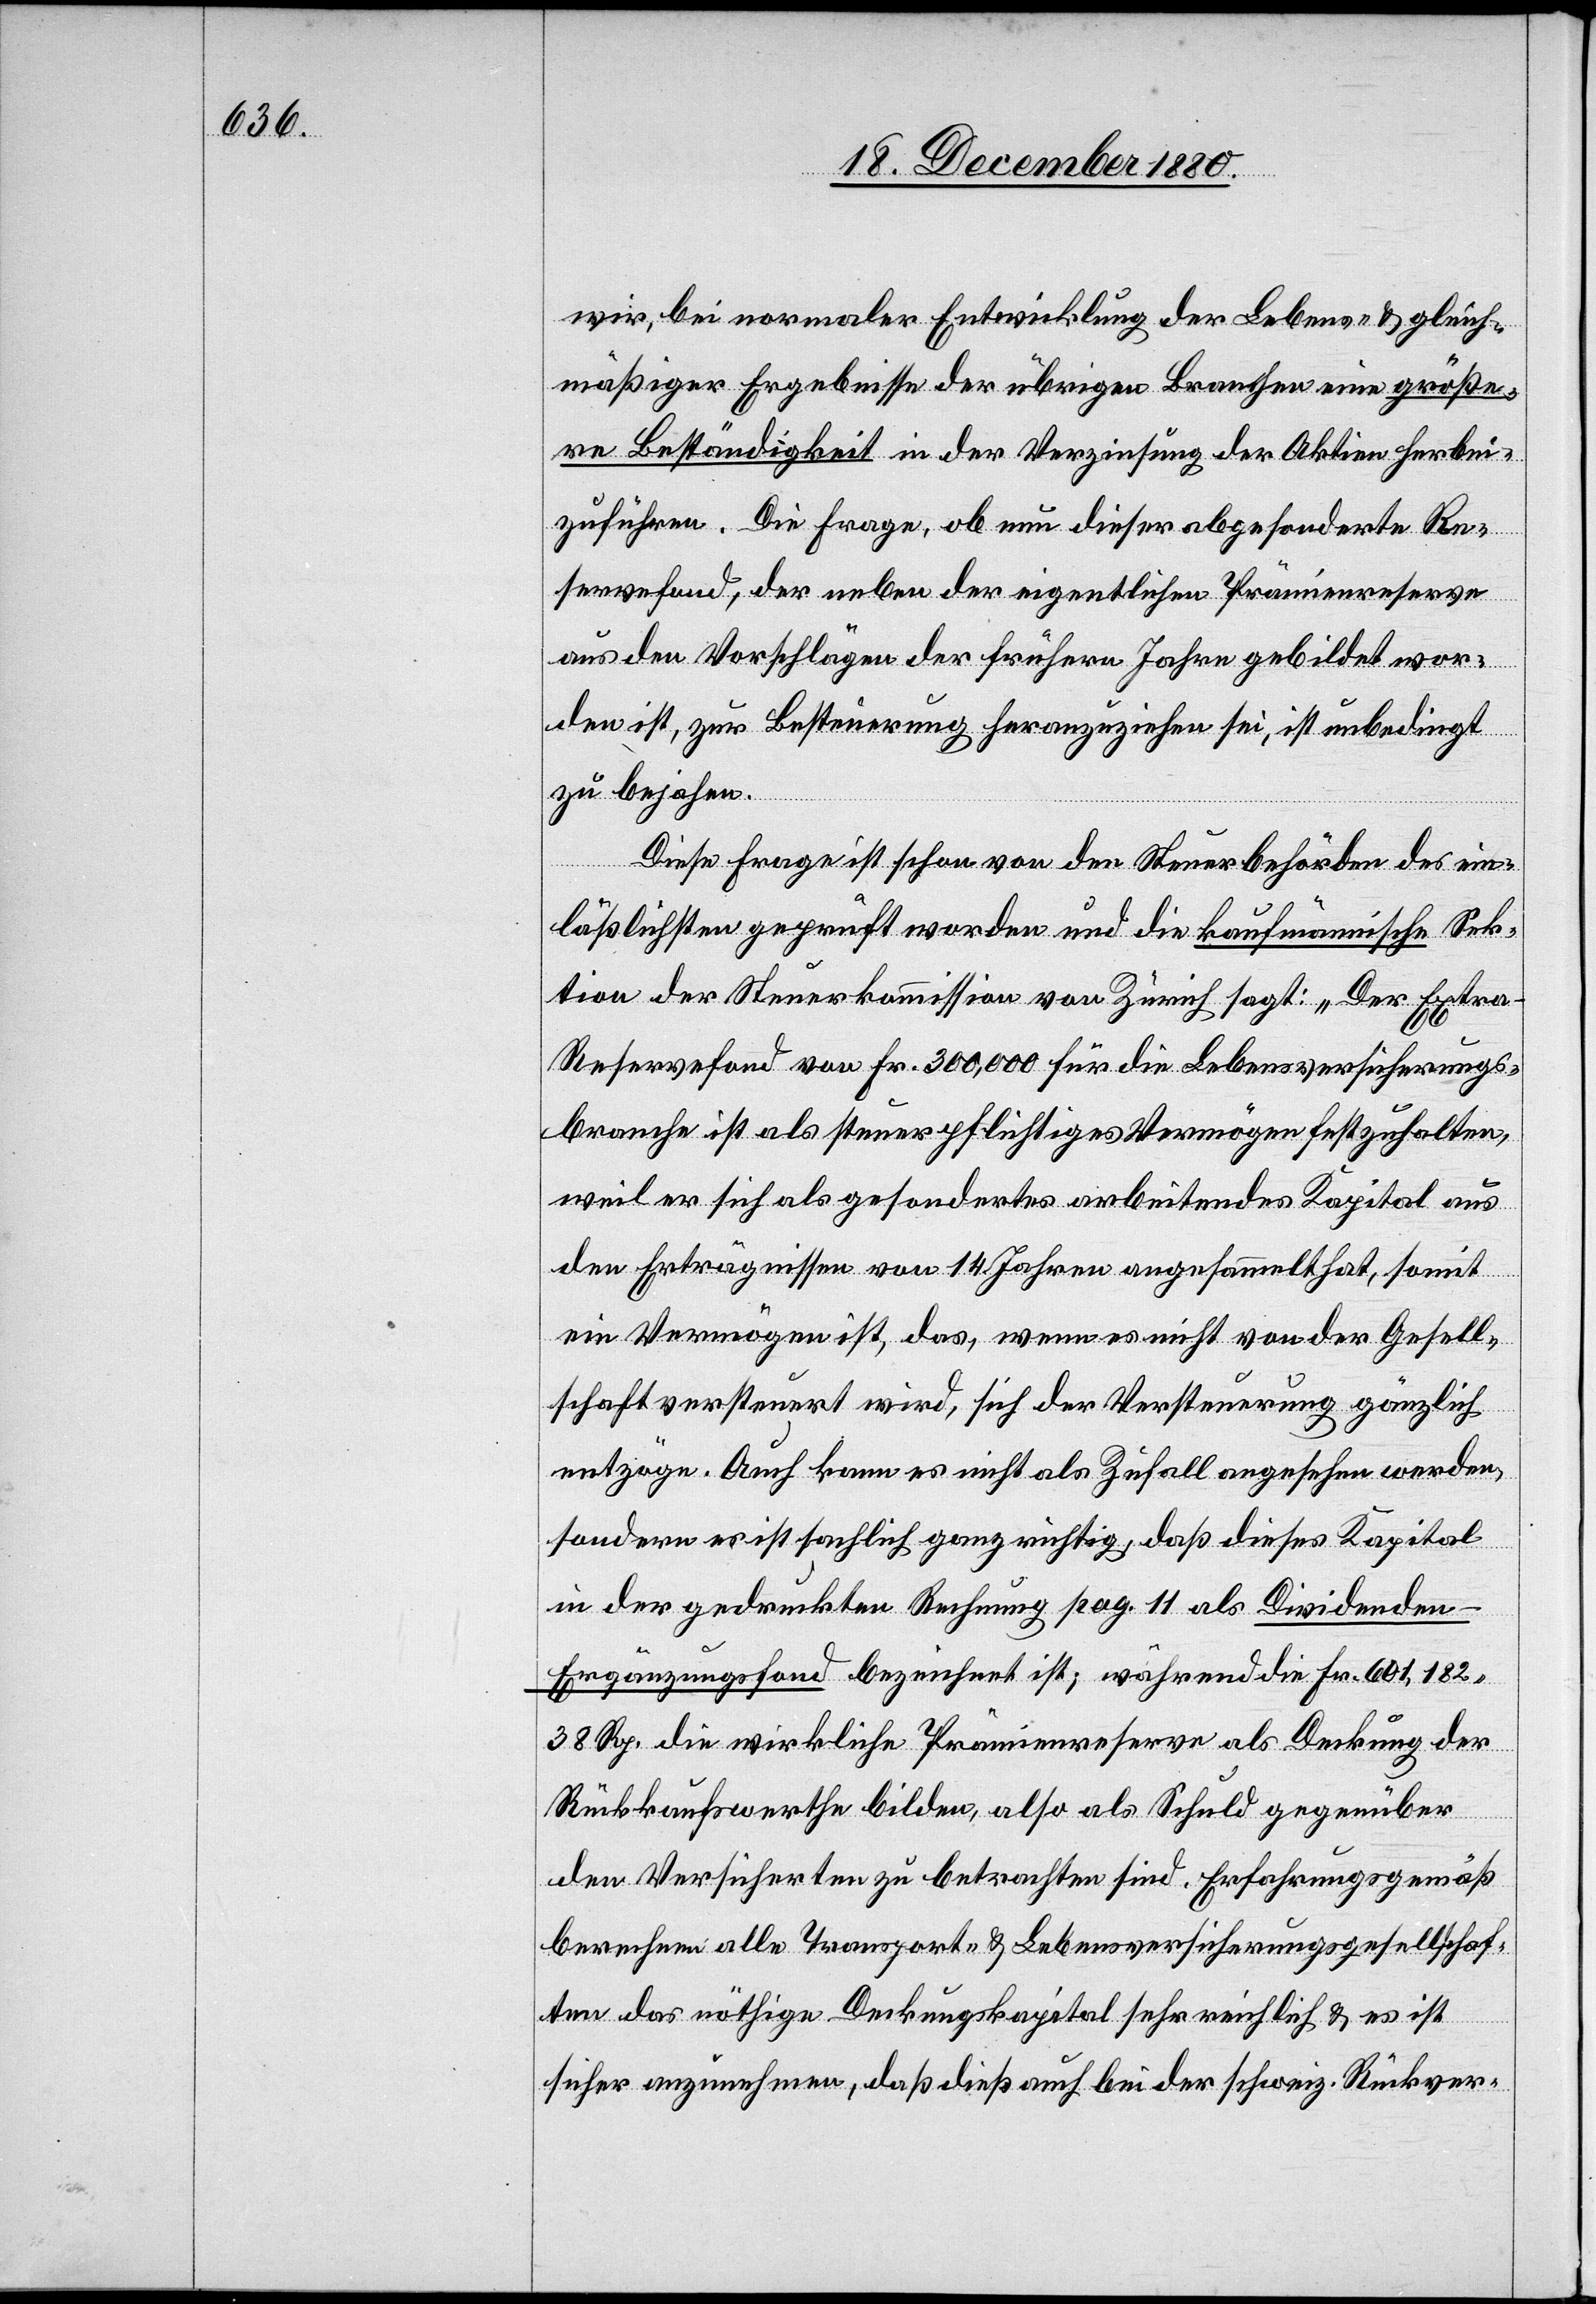
wir, bei normaler Entwicklung der Lebens- & gleich¬
mäßiger Ergebnisse der übrigen Branchen [sic!] eine größe¬
re Beständigkeit in der Verzinsung der Aktien herbei¬
zuführen. Die Frage, ob nun dieser abgesonderte Re¬
servefond, der neben der eigentlichen Prämienreserve
aus den Vorschlägen der frühern Jahre gebildet wor¬
den ist, zu Besteuerung heranzuziehen sei, ist unbedingt
zu bejahen.
Diese Frage ist schon von der Steuerbehörde des ein¬
läßlichsten geprüft worden und die kaufmännische Sek¬
tion der Steuerkommission von Zürich sagt: „Der Extra-R¬
eservefond von Fr. 300,000 für die Lebensversicherungs¬
branche ist als steuerpflichtiges Vermögen festzuhalten,
weil er sich als gesondertes arbeitendes Kapital aus
den Erträgnissen von 14 Jahren angesammelt hat, somit
ein Vermögen ist, das, wenn es nicht von der Gesell¬
schaft versteuert wird, sich der Versteuerung gänzlich
entzöge. Auch kann es nicht als Zufall angesehen werden,
sondern es ist sachlich ganz richtig, daß dieses Kapital
in der gedruckten Rechnung pag. 11 als Dividenden-E¬
rgänzungsfond bezeichnet ist; während die Fr. 601,182
38 Rp. die wirkliche Prämienreserve als Deckung der
Rückkaufswerthe bilden, also als Schuld gegenüber
den Versicherten zu betrachten sind. Erfahrungsgemäß
berechnen alle Transport- & Lebensversicherungsgesellschaf¬
ten das nöthige Deckungskapital sehr reichlich & es ist
sicher anzunehmen, daß dieß auch bei der schweiz. Rückver-